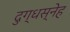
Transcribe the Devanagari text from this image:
दुग्धस्नेह